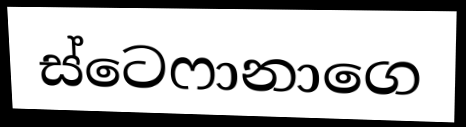
ස්ටෙෆානාගෙ